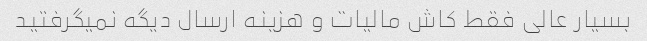
بسیار عالی فقط کاش مالیات و هزینه ارسال دیگه نمیگرفتید